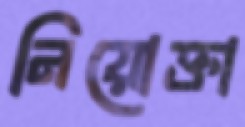
নিয়োক্তা